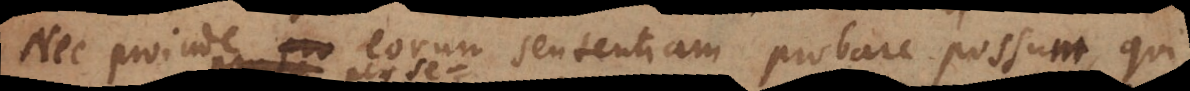
Nec proinde eorum sententiam probare possum, qui